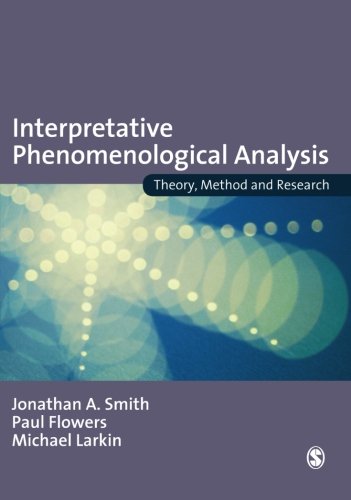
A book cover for Interpretative Phenomenological Analysis: Theory, Method and Research; Jonathan A Smith; Medical Books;